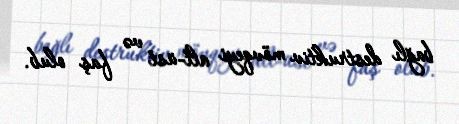
bağlı destruktiv mövqeyi alt-üst və faş olub.